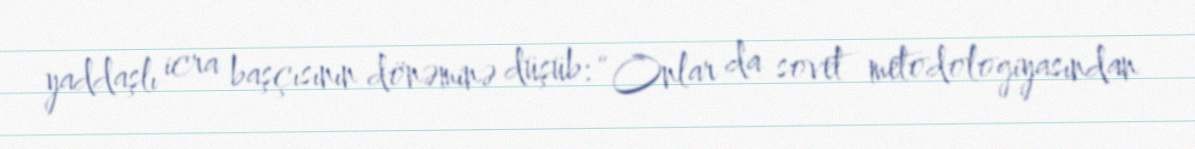
yaddaşlı icra başçısının dönəminə düşüb: “Onlar da sovet metodologiyasından